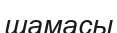
шамасы